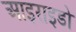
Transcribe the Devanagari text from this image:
आइराइडो